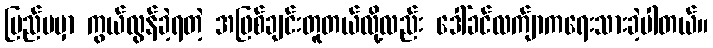
ပြည်ပမှာ ကွယ်လွန်ခဲ့ရတဲ့ အဖြစ်ချင်းတူတယ်လို့လည်း ဒေါ်ခင်လက်ျာကရေးသားခဲ့ပါတယ်။